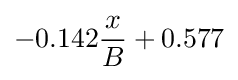
-0.142{\frac {x}{B}}+0.577